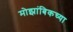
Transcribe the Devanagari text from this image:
मोझांबिकच्या